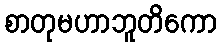
စာတုမဟာဘူတိကော